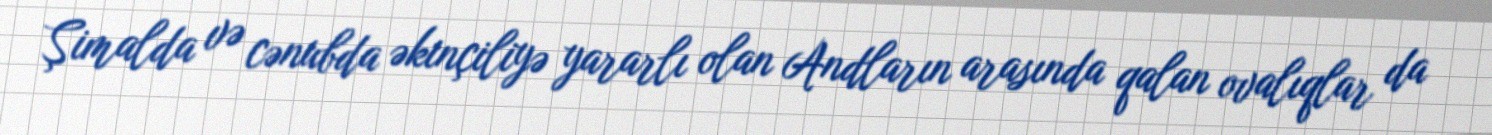
Şimalda və cənubda əkinçiliyə yararlı olan Andların arasında qalan ovalıqlar da